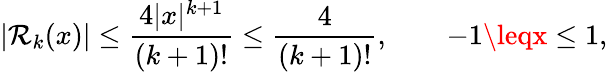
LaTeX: |\mathcal{R}_{k}(x)|\leq{\frac{{4|x|^{k+1}}}{{(k+1)!}}}\leq{\frac{{4}}{{(k+1)!}}},\qquad-1\leqx\leq1,